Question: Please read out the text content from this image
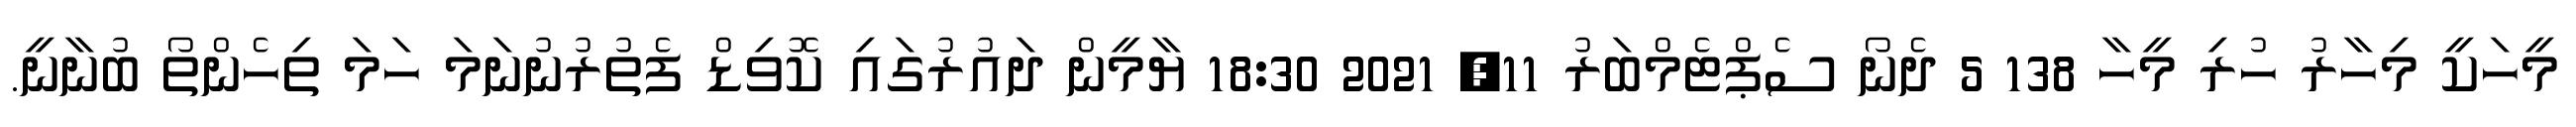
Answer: މީހަކީ މިހާރު ހުރި މީހާ 138 5 ދެނޯ ސެޕްޓެމްބަރު 11, 2021 18:30 ޔާމީން ދައުރުގައި ކޮވިޑް ފެތުރުނުނަމަ ހަމަ ތިހެންތޯ ބުނާނީ.